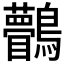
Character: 𪈆